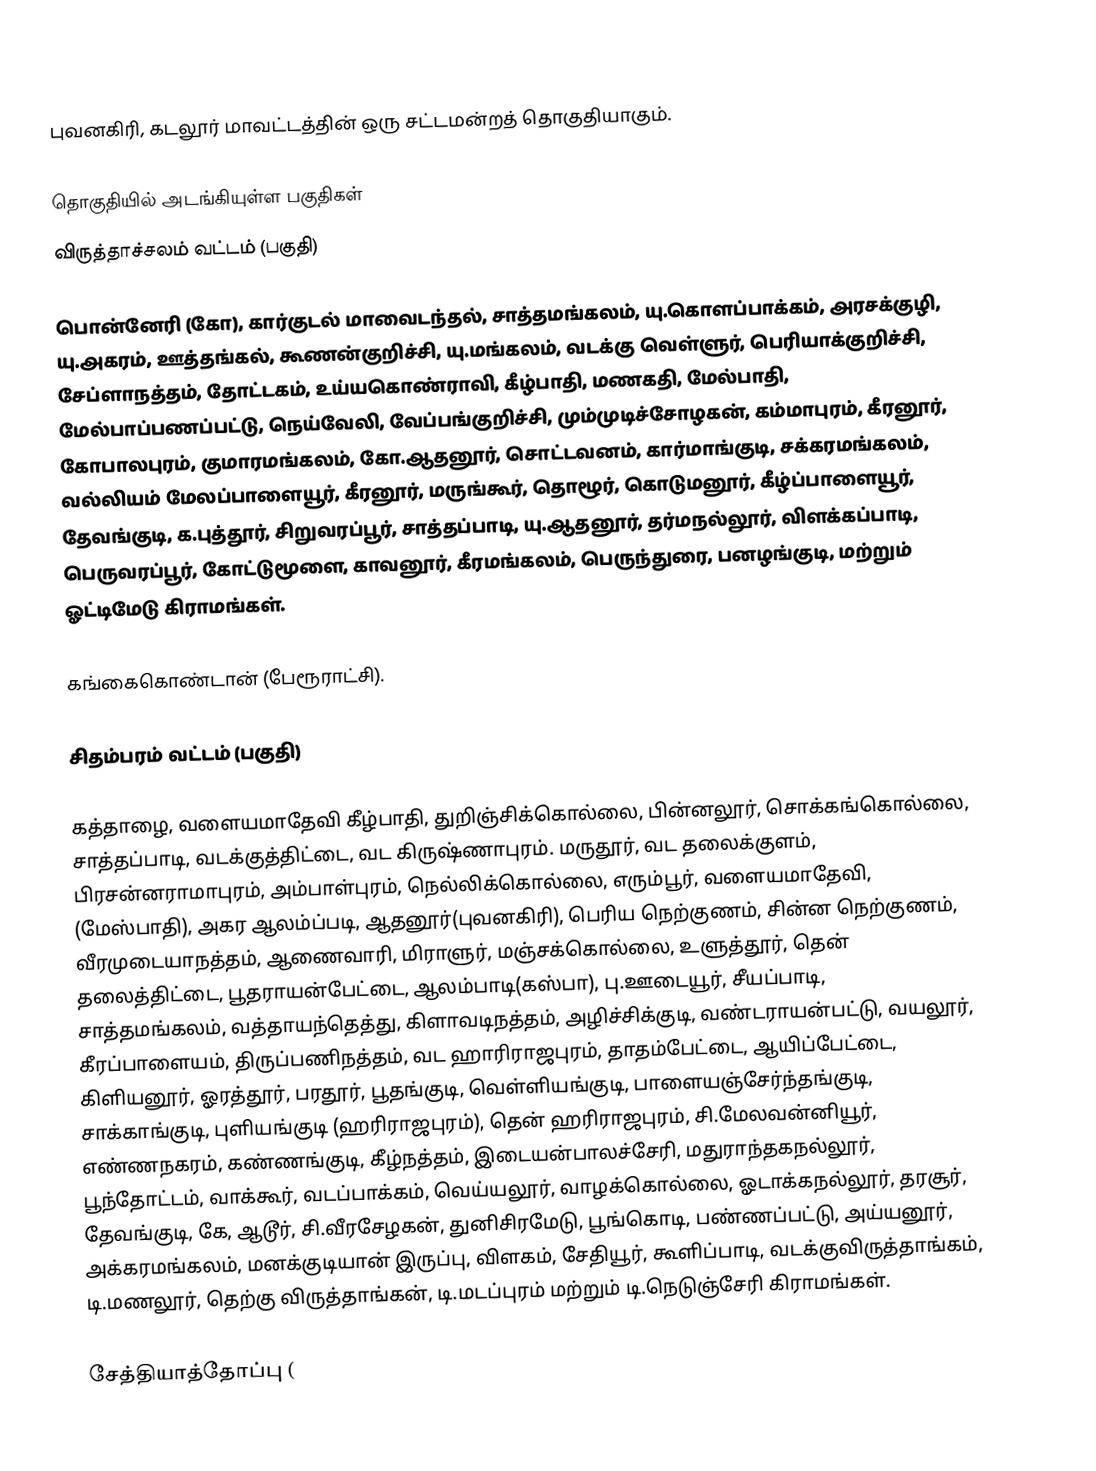
புவனகிரி, கடலூர் மாவட்டத்தின் ஒரு சட்டமன்றத் தொகுதியாகும்.

தொகுதியில் அடங்கியுள்ள பகுதிகள்
 விருத்தாச்சலம் வட்டம் (பகுதி)

பொன்னேரி (கோ), கார்குடல் மாவைடந்தல், சாத்தமங்கலம், யு.கொளப்பாக்கம், அரசக்குழி, யு.அகரம், ஊத்தங்கல், கூணன்குறிச்சி, யு.மங்கலம், வடக்கு வெள்ளுர், பெரியாக்குறிச்சி, சேப்ளாநத்தம், தோட்டகம், உய்யகொண்ராவி, கீழ்பாதி, மணகதி, மேல்பாதி, மேல்பாப்பணப்பட்டு, நெய்வேலி, வேப்பங்குறிச்சி, மும்முடிச்சோழகன், கம்மாபுரம், கீரனூர், கோபாலபுரம், குமாரமங்கலம், கோ.ஆதனூர், சொட்டவனம், கார்மாங்குடி, சக்கரமங்கலம், வல்லியம் மேலப்பாளையூர், கீரனூர், மருங்கூர், தொழூர், கொடுமனூர், கீழ்ப்பாளையூர், தேவங்குடி, க.புத்தூர், சிறுவரப்பூர், சாத்தப்பாடி, யு.ஆதனூர், தர்மநல்லூர், விளக்கப்பாடி, பெருவரப்பூர், கோட்டுமூளை, காவனூர், கீரமங்கலம், பெருந்துரை, பனழங்குடி, மற்றும் ஓட்டிமேடு கிராமங்கள்.

கங்கைகொண்டான் (பேரூராட்சி).

 சிதம்பரம் வட்டம் (பகுதி)

கத்தாழை, வளையமாதேவி கீழ்பாதி, துறிஞ்சிக்கொல்லை, பின்னலூர், சொக்கங்கொல்லை, சாத்தப்பாடி, வடக்குத்திட்டை, வட கிருஷ்ணாபுரம். மருதூர், வட தலைக்குளம், பிரசன்னராமாபுரம், அம்பாள்புரம், நெல்லிக்கொல்லை, எரும்பூர், வளையமாதேவி, (மேஸ்பாதி), அகர ஆலம்ப்படி, ஆதனூர்(புவனகிரி), பெரிய நெற்குணம், சின்ன நெற்குணம், வீரமுடையாநத்தம், ஆணைவாரி, மிராளுர், மஞ்சக்கொல்லை, உளுத்தூர், தென் தலைத்திட்டை, பூதராயன்பேட்டை, ஆலம்பாடி(கஸ்பா), பு.ஊடையூர், சீயப்பாடி, சாத்தமங்கலம், வத்தாயந்தெத்து, கிளாவடிநத்தம், அழிச்சிக்குடி, வண்டராயன்பட்டு, வயலூர், கீரப்பாளையம், திருப்பணிநத்தம், வட ஹாரிராஜபுரம், தாதம்பேட்டை, ஆயிப்பேட்டை, கிளியனூர், ஓரத்தூர், பரதூர், பூதங்குடி, வெள்ளியங்குடி, பாளையஞ்சேர்ந்தங்குடி, சாக்காங்குடி, புளியங்குடி (ஹரிராஜபுரம்), தென் ஹரிராஜபுரம், சி.மேலவன்னியூர், எண்ணநகரம், கண்ணங்குடி, கீழ்நத்தம், இடையன்பாலச்சேரி, மதுராந்தகநல்லூர், பூந்தோட்டம், வாக்கூர், வடப்பாக்கம், வெய்யலூர், வாழக்கொல்லை, ஓடாக்கநல்லூர், தரசூர், தேவங்குடி, கே, ஆடூர், சி.வீரசேழகன், துனிசிரமேடு, பூங்கொடி, பண்ணப்பட்டு, அய்யனூர், அக்கரமங்கலம், மனக்குடியான் இருப்பு, விளகம், சேதியூர், கூளிப்பாடி, வடக்குவிருத்தாங்கம், டி.மணலூர், தெற்கு விருத்தாங்கன், டி.மடப்புரம் மற்றும் டி.நெடுஞ்சேரி கிராமங்கள்.

சேத்தியாத்தோப்பு (